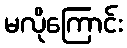
မလိုကြောင်း